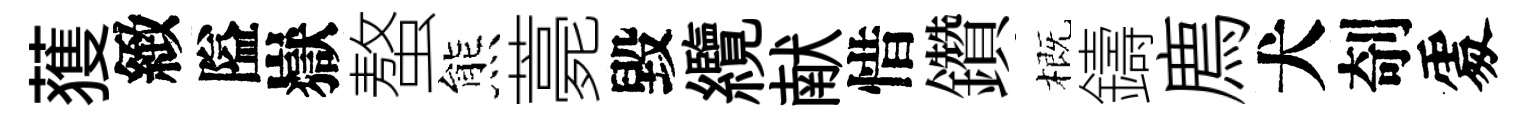
𫉬緻隘嶽螯熊薧毀纜献惜鑽概鑄廌犬剞𠁅